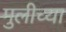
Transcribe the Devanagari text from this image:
मुलीच्‍या